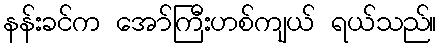
နန်းခင်က အော်ကြီးဟစ်ကျယ် ရယ်သည်။